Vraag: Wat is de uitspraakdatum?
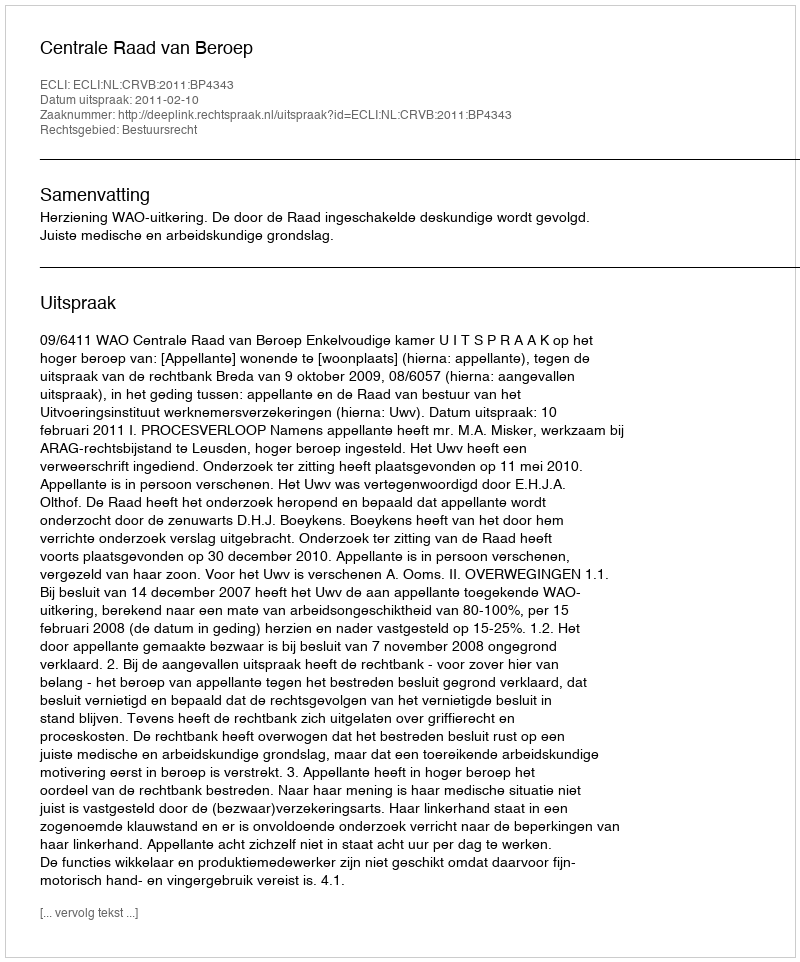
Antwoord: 2011-02-10